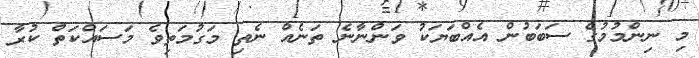
މި ނިންމުމުގެ ސަބަބުން އެއްބަޔަކު ވަންނާނެ ތަނެއް ނެތި މަގުމަތިވެ މަސައްކަތް ކުރާ